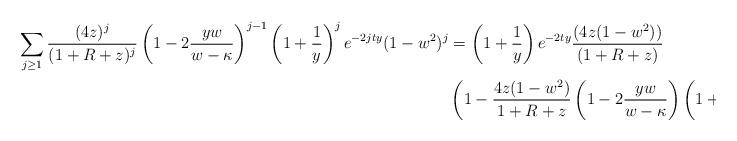
LaTeX: \begin{align*}\sum_{j \geq 1}\frac{(4z)^j}{(1+R+z)^j}\left(1-2\frac{yw}{w-\kappa}\right)^{j-1}\left(1+\frac{1}{y}\right)^{j}e^{-2jty}(1-w^2)^j &= \left(1+\frac{1}{y}\right)e^{-2ty}\frac{(4z(1-w^2))}{(1+R+z)}\\& \left(1-\frac{4z(1-w^2)}{1+R+z}\left(1-2\frac{yw}{w-\kappa}\right)\left(1+\frac{1}{y}\right)e^{-2ty}\right)^{-1}.\end{align*}